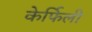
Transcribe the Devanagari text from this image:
केर्फिली